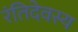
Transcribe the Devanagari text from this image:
रंतिदेवस्य